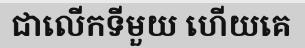
ជាលើកទីមួយ ហើយគេ